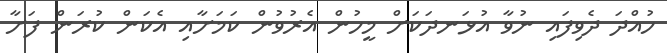
ހުއްދަ ދެވިފައި ނުވާ އުޅަނދަކަށް މީހުން އެރުވުން ކަމަށާއި އެކަން ކުރަން ފަށާ